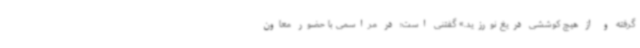
گرفته و از هیچ کوششی دریغ نورزید.» گفتنی است؛ در مراسمی با حضور معاون